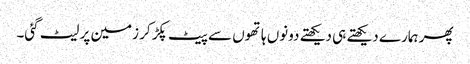
پھر ہمارے دیکھتے ہی دیکھتے دونوں ہاتھوں سے پیٹ پکڑ کر زمین پر لیٹ گئی۔